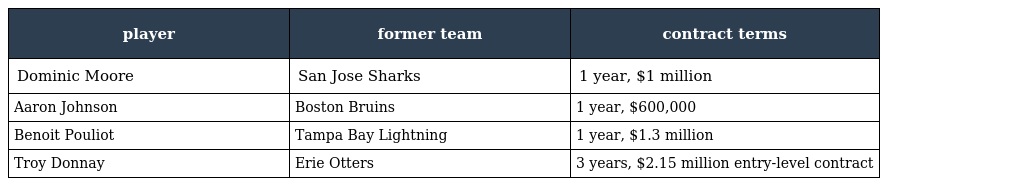
| player | former team | contract terms |
 | --- | --- | --- |
 | Dominic Moore | San Jose Sharks | 1 year, $1 million |
 | Aaron Johnson | Boston Bruins | 1 year, $600,000 |
 | Benoit Pouliot | Tampa Bay Lightning | 1 year, $1.3 million |
 | Troy Donnay | Erie Otters | 3 years, $2.15 million entry-level contract |